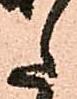
た